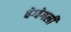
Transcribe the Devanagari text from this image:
वेग्वेगली